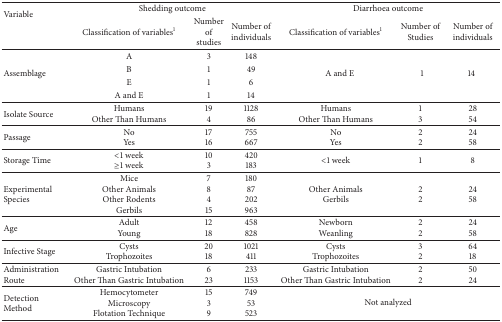
| <ROWSPAN=2> Variable | <COLSPAN=3> Shedding outcome | <COLSPAN=3> Diarrhoea outcome |
 | Classification of variables1 | Number of studies | Number of individuals | Classification of variables1 | Number of Studies | Number of individuals |
 | --- | --- | --- | --- | --- | --- | --- |
 | <ROWSPAN=4> Assemblage | A | 3 | 148 | <ROWSPAN=4> A and E | <ROWSPAN=4> 1 | <ROWSPAN=4> 14 |
 | B | 1 | 49 |
 | E | 1 | 6 |
 | A and E | 1 | 14 |
 | Isolate Source | HumansOther Than Humans | 194 | 112886 | HumansOther Than Humans | 13 | 2854 |
 | Passage | NoYes | 1716 | 755667 | NoYes | 22 | 2458 |
 | Storage Time | <1 week≥1 week | 103 | 420183 | <1 week | 1 | 8 |
 | Experimental Species | MiceOther AnimalsOther RodentsGerbils | 78415 | 18087202963 | Other AnimalsGerbils | 22 | 2458 |
 | Age | AdultYoung | 1218 | 458828 | NewbornWeanling | 22 | 2458 |
 | Infective Stage | CystsTrophozoites | 2018 | 1021411 | CystsTrophozoites | 32 | 6418 |
 | Administration Route | Gastric IntubationOther Than Gastric Intubation | 623 | 2331153 | Gastric IntubationOther Than Gastric Intubation | 22 | 5024 |
 | Detection Method | HemocytometerMicroscopyFlotation Technique | 1539 | 74953523 | <COLSPAN=3> Not analyzed |